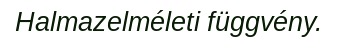
Halmazelméleti függvény.